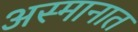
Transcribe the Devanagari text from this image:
अस्मानात